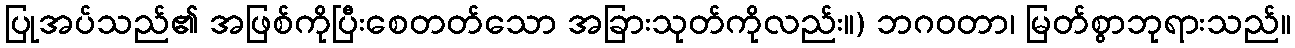
ပြုအပ်သည်၏ အဖြစ်ကိုပြီးစေတတ်သော အခြားသုတ်ကိုလည်း။) ဘဂဝတာ၊ မြတ်စွာဘုရားသည်။